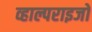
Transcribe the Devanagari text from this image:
व्हाल्पराइजो